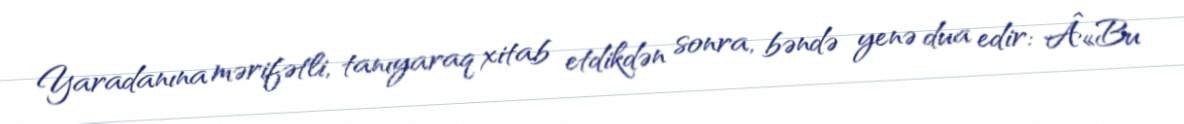
Yaradanına mərifətli, tanıyaraq xitab etdikdən sonra, bəndə yenə dua edir: Â«Bu